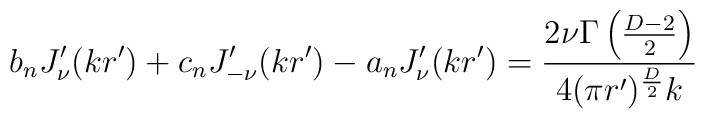
b_n J'_{\nu}(kr')+c_n J'_{-\nu}(kr')-a_n J'_{\nu}(k r')={2\nu\Gamma\left ({D-2\over 2}\right )\over 4 (\pi r')^{D\over 2}k}